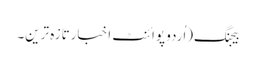
بیجنگ(اُردو پوائنٹ اخبارتازہ ترین۔